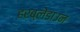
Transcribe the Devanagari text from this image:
हरब्लेंडाउन